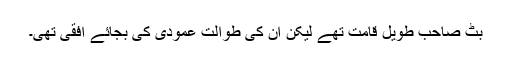
بٹ صاحب طویل قامت تھے لیکن ان کی طوالت عمودی کی بجائے افقی تھی۔